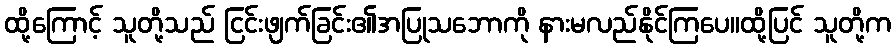
ထို့ကြောင့် သူတို့သည် ငြင်းဖျက်ခြင်း၏အပြုသဘောကို နားမလည်နိုင်ကြပေ။ထို့ပြင် သူတို့က